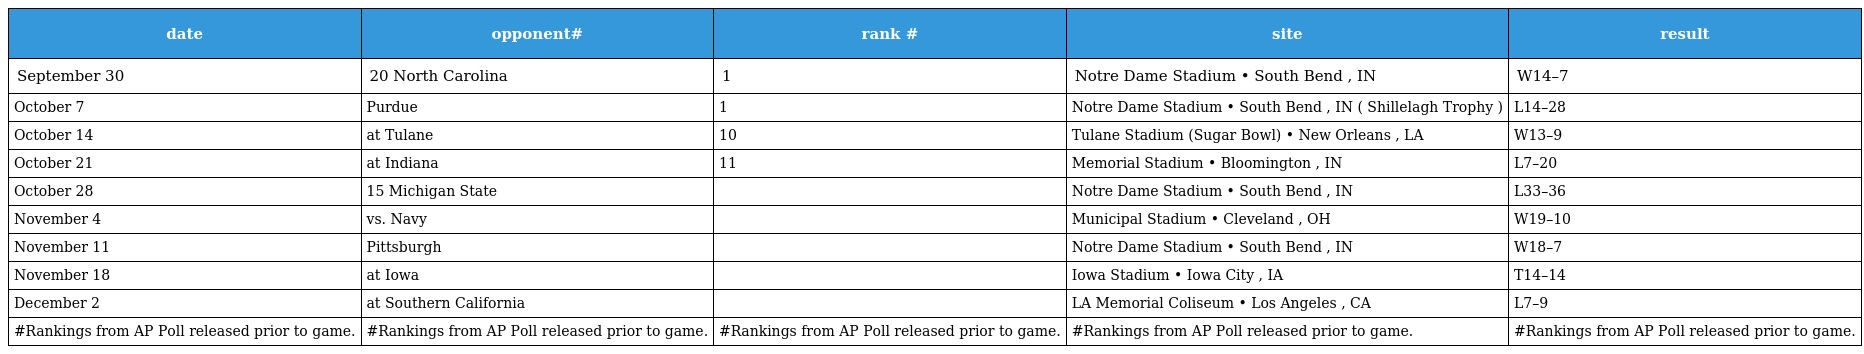
| date | opponent# | rank # | site | result |
 | --- | --- | --- | --- | --- |
 | September 30 | 20 North Carolina | 1 | Notre Dame Stadium • South Bend , IN | W14–7 |
 | October 7 | Purdue | 1 | Notre Dame Stadium • South Bend , IN ( Shillelagh Trophy ) | L14–28 |
 | October 14 | at Tulane | 10 | Tulane Stadium (Sugar Bowl) • New Orleans , LA | W13–9 |
 | October 21 | at Indiana | 11 | Memorial Stadium • Bloomington , IN | L7–20 |
 | October 28 | 15 Michigan State |  | Notre Dame Stadium • South Bend , IN | L33–36 |
 | November 4 | vs. Navy |  | Municipal Stadium • Cleveland , OH | W19–10 |
 | November 11 | Pittsburgh |  | Notre Dame Stadium • South Bend , IN | W18–7 |
 | November 18 | at Iowa |  | Iowa Stadium • Iowa City , IA | T14–14 |
 | December 2 | at Southern California |  | LA Memorial Coliseum • Los Angeles , CA | L7–9 |
 | #Rankings from AP Poll released prior to game. | #Rankings from AP Poll released prior to game. | #Rankings from AP Poll released prior to game. | #Rankings from AP Poll released prior to game. | #Rankings from AP Poll released prior to game. |